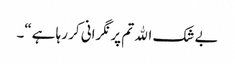
بے شک الله تم پر نگرانی کر رہا ہے“۔